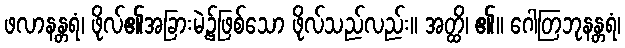
ဖလာနန္တရံ၊ ဖိုလ်၏အခြားမဲ့၌ဖြစ်သော ဖိုလ်သည်လည်း။ အတ္ထိ၊ ၏။ ဂေါတြဘုနန္တရံ၊